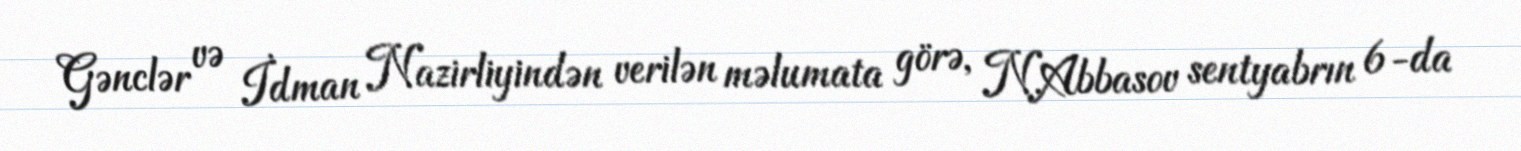
Gənclər və İdman Nazirliyindən verilən məlumata görə, N.Abbasov sentyabrın 6-da